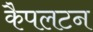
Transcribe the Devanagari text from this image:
कैपलटन